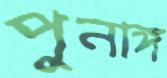
পুনাঙ্গ